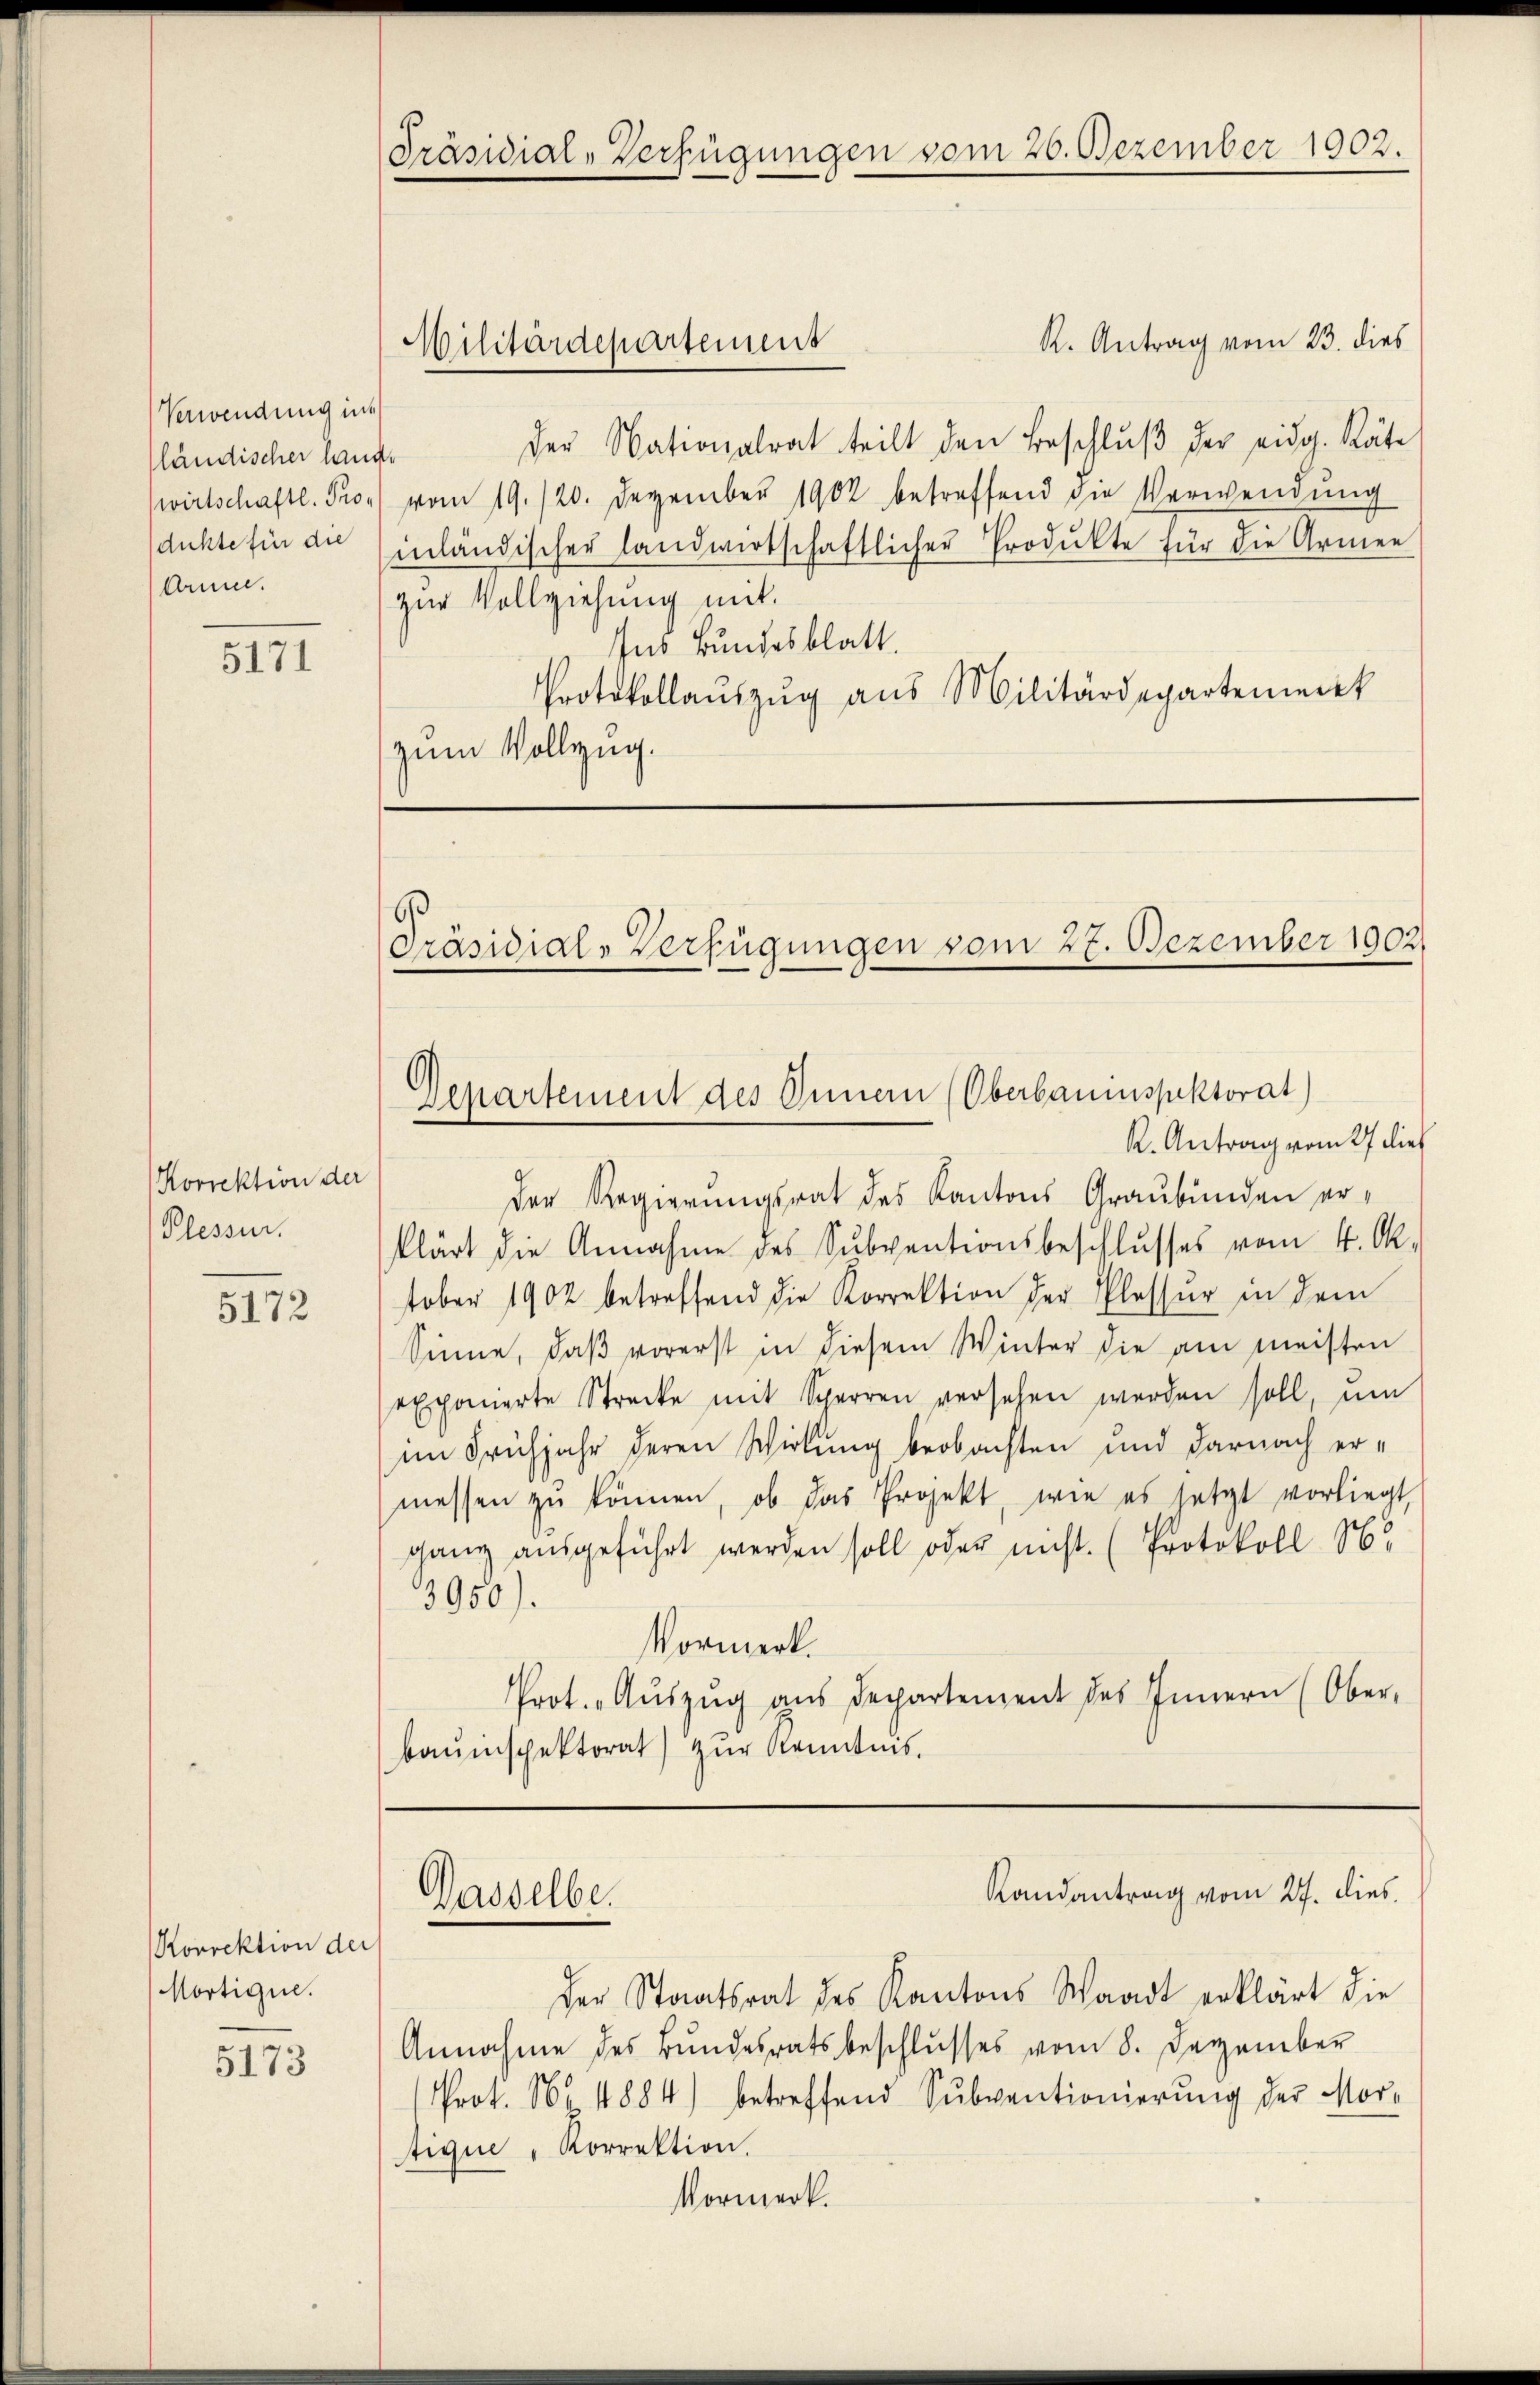
Verwendung ins
fländischer lange
dukte für die
Armee.

5171

Korrektion der
Plessen.

5172

Korrektion der
Mortique.

5173

Präsidial-Verfügungen vom 26. Dezember 1902.

R. Antrag vom 23. dies
der Nationalrat teilt den Beschlŭβ der eidg. Räte
wirtschaftl. Proe) vom 19./20. Dezember 1902 betreffend die Verwendung
inländischer landwirtschaftlicher Produkte für die Armen
zur Vollziehung mit
Ins Bundesblatt.
Protokollaŭszŭg aŭs Militärdepartement
zum Vollzug.

Militärdepartement

Präsidial-Verfügungen vom 27. Dezember 1902.

Der Regierungsrat des Kantons Graubünden erklärt die Annahme des Subventionsbeschlusses vom 4. Ok-
tober 1902 betreffend die Korrektion der Plassur in dem
Sinne, daβ vorerst in diesem Winter die am meisten
exponierte Strecke mit Sperren versehen werden soll, ŭm
im Frühjahr deren Wirkung beobachten und darnach ermessen zŭ können, ob das Projekt, wie es jetzt vorliegt,
ganz ausgeführt werden soll oder nicht. (Protokoll Nr.
3950).
Vormerk.
Prot. Aŭszŭg aŭs Departement des Innern (Ober-
bauinspektorat) zur Kenntnis.

Genartement des Innern (Oberbauinspektorat)
K. Antrag vom 27 dies

Dasselbe.

Randantrag vom 27. dies

der Staatsrat des Kantons Waadt erklärt die
Annahme des Bundesratsbeschlŭsses vom 8. Dezember
Prot. Nr. 1884) betreffend Subventionierŭng der Mor-
tique, Korrektion.
Vormerk.